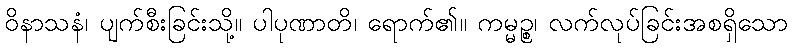
ဝိနာသနံ၊ ပျက်စီးခြင်းသို့။ ပါပုဏာတိ၊ ရောက်၏။ ကမ္မဉ္စ၊ လက်လုပ်ခြင်းအစရှိသော